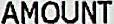
AMOUNT